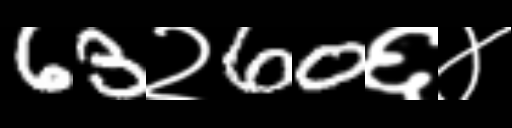
Text: 63२60६४